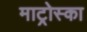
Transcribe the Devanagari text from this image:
माट्रोस्का